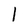
Character: 1